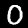
Label: 0